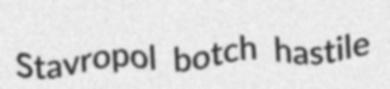
Stavropol botch hastile